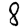
Digit: 8